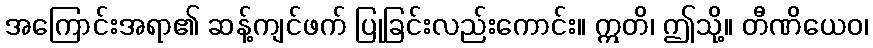
အကြောင်းအရာ၏ ဆန့်ကျင်ဖက် ပြုခြင်းလည်းကောင်း။ ဣတိ၊ ဤသို့။ တီဏိယေဝ၊